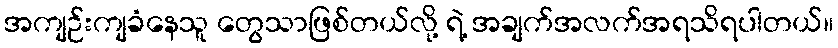
အကျဉ်းကျခံနေသူ တွေသာဖြစ်တယ်လို့ ရဲ့ အချက်အလက်အရသိရပါတယ်။